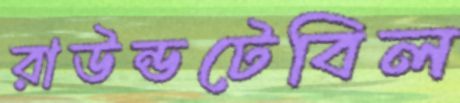
রাউন্ডটেবিল